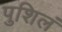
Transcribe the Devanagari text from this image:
पुशिलं